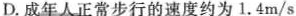
D.成年人正常步行的速度约为1.4m/s